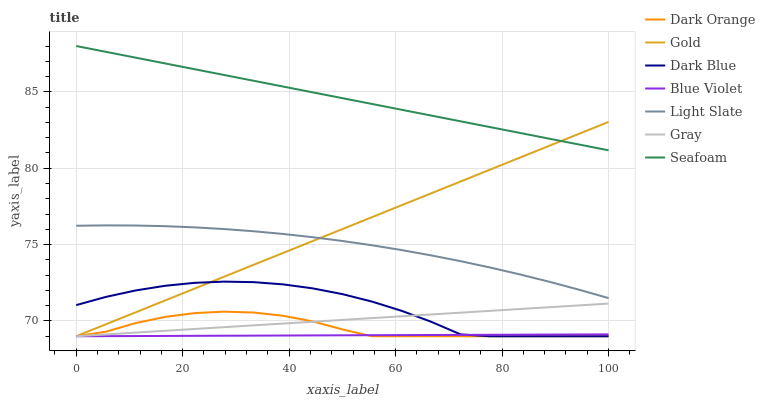
| xaxis_label | Dark Orange | Gold | Dark Blue | Blue Violet | Light Slate | Gray | Seafoam |
 | --- | --- | --- | --- | --- | --- | --- | --- |
 | 0 | 69 | 69 | 71 | 69 | 76.2 | 69 | 88 |
 | 5.56 | 69.3 | 69.8 | 71.6 | 69 | 76.3 | 69.1 | 87.6 |
 | 11.1 | 69.9 | 70.6 | 72 | 69 | 76.2 | 69.2 | 87.2 |
 | 16.7 | 70.3 | 71.3 | 72.3 | 69 | 76.2 | 69.4 | 86.9 |
 | 22.2 | 70.5 | 72.1 | 72.5 | 69 | 76.1 | 69.5 | 86.5 |
 | 27.8 | 70.6 | 72.9 | 72.6 | 69 | 76 | 69.6 | 86.1 |
 | 33.3 | 70.6 | 73.7 | 72.5 | 69 | 75.9 | 69.7 | 85.7 |
 | 38.9 | 70.3 | 74.5 | 72.4 | 69 | 75.7 | 69.8 | 85.3 |
 | 44.4 | 70 | 75.2 | 72.1 | 69.1 | 75.5 | 70 | 85 |
 | 50 | 69.4 | 76 | 71.8 | 69.1 | 75.2 | 70.1 | 84.6 |
 | 55.6 | 69 | 76.8 | 71.3 | 69.1 | 75 | 70.2 | 84.2 |
 | 61.1 | 69 | 77.6 | 70.7 | 69.1 | 74.6 | 70.3 | 83.8 |
 | 66.7 | 69 | 78.4 | 70 | 69.1 | 74.3 | 70.4 | 83.4 |
 | 72.2 | 69 | 79.1 | 69.1 | 69.1 | 73.9 | 70.5 | 83.1 |
 | 77.8 | 69 | 79.9 | 69 | 69.1 | 73.5 | 70.7 | 82.7 |
 | 83.3 | 69 | 80.7 | 69 | 69.1 | 73 | 70.8 | 82.3 |
 | 88.9 | 69 | 81.5 | 69 | 69.1 | 72.6 | 70.9 | 81.9 |
 | 94.4 | 69 | 82.3 | 69 | 69.1 | 72 | 71 | 81.6 |
 | 100 | 69 | 83 | 69 | 69.1 | 71.5 | 71.1 | 81.2 |